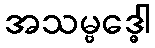
အသမ္ဗဒ္ဓေါ